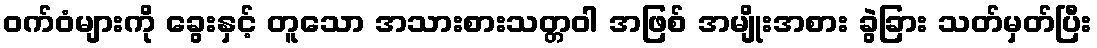
ဝက်ဝံများကို ခွေးနှင့် တူသော အသားစားသတ္တဝါ အဖြစ် အမျိုးအစား ခွဲခြား သတ်မှတ်ပြီး